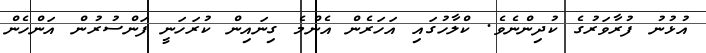
އުޅުނު ފުރާވަރުގެ ކުދިންނެވެ. ކްލާހުގައި އަހަރެން އެންމެ ގިނައިން ކުރަހަނީ ފަންސުރުން އަންހެން